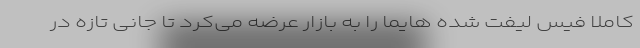
کاملاً فیس لیفت شده هایما را به بازار عرضه می‌کرد تا جانی تازه در